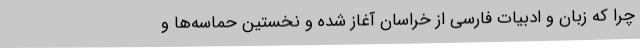
چرا که زبان و ادبیات فارسی از خراسان آغاز شده و نخستین حماسه‌ها و